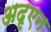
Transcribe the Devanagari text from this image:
अदृएन